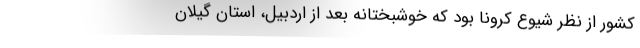
کشور از نظر شیوع کرونا بود که خوشبختانه بعد از اردبیل، استان گیلان